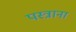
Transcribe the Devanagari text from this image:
पस्त्राना